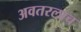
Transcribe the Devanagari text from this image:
अवतरलाच